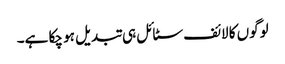
لوگوں کا لائف سٹائل ہی تبدیل ہو چکا ہے۔